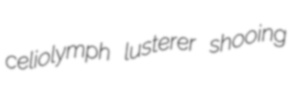
celiolymph lusterer shooing